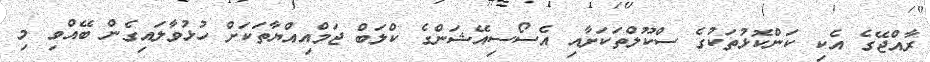
ރާއްޖޭގެ އެކި ކަންކޮޅުތަކުގެ ސްކޫލްތަކަށާއި އެސޯސިއޭޝަންގެ ކްލަބް ޖަމްއިއްޔާތަކަށް ހުޅުވާލައިގެން ބޭއްވި މި